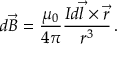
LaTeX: d { \vec { B } } = { \frac { \mu _ { 0 } } { 4 \pi } } { \frac { I d { \vec { l } } \times { \vec { r } } } { r ^ { 3 } } } \, .